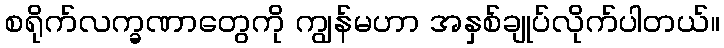
စရိုက်လက္ခဏာတွေကို ကျွန်မဟာ အနှစ်ချုပ်လိုက်ပါတယ်။